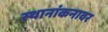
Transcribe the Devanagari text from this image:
स्थानांकनावर